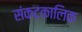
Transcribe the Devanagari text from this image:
संकटकालिक